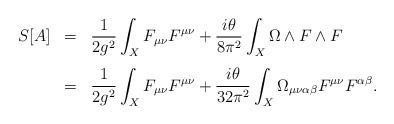
\begin{align*}\begin{array}{lll}S[A] & = & \displaystyle\frac{1}{2g^{2}}\int_{X}F_{\mu\nu}F^{\mu\nu}+\frac{i\theta}{8\pi^{2}}\int_{X}\Omega\wedge F\wedge F\vspace{.3cm}\\& = & \displaystyle\frac{1}{2g^{2}}\int_{X}F_{\mu\nu}F^{\mu\nu}+\frac{i\theta}{32\pi^{2}}\int_{X}\Omega_{\mu\nu\alpha\beta}F^{\mu\nu}F^{\alpha\beta}.\end{array}\end{align*}